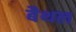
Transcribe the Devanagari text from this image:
बैथल